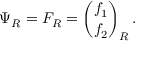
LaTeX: \Psi _ { R } = F _ { R } = { \binom { f _ { 1 } } { f _ { 2 } } } _ { R } \, .